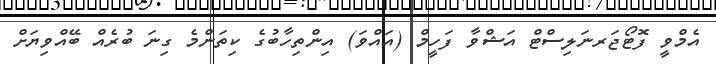
އެމްވީ ފޮޓޯޖަރނަލިސްޓް އަޝްވާ ފަހީމް (އައްވަ) އިންތިހާބުގެ ކިތަންމެ ގިނަ ބުރެއް ބޭއްވިޔަށް